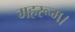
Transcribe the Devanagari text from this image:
महरूम।